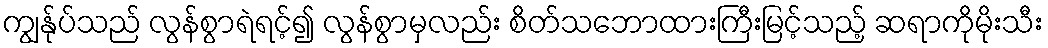
ကျွန်ုပ်သည် လွန်စွာရဲရင့်၍ လွန်စွာမှလည်း စိတ်သဘောထားကြီးမြင့်သည့် ဆရာကိုမိုးသီး